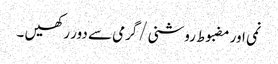
نمی اور مضبوط روشنی/گرمی سے دور رکھیں ۔